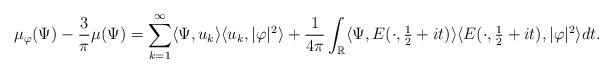
LaTeX: \begin{align*}\mu_{\varphi}(\Psi)-\frac{3}{\pi}\mu(\Psi)= \sum_{k=1}^{\infty}\langle \Psi,u_{k}\rangle \langle u_k ,|\varphi|^2 \rangle+\frac{1}{4\pi}\int_{\mathbb{R}}\langle\Psi, E(\cdot,\tfrac{1}{2}+it)\rangle \langle E(\cdot,\tfrac{1}{2}+it) ,|\varphi|^2 \rangle dt.\end{align*}